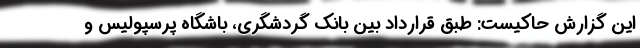
این گزارش حاکیست: طبق قرارداد بین بانک گردشگری، باشگاه پرسپولیس و